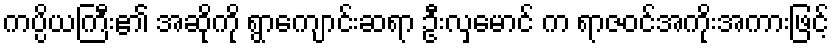
ကပ္ပိယကြီး၏ အဆိုကို ရွာကျောင်းဆရာ ဦးလှမောင် က ရာဇဝင်အကိုးအကားဖြင့်